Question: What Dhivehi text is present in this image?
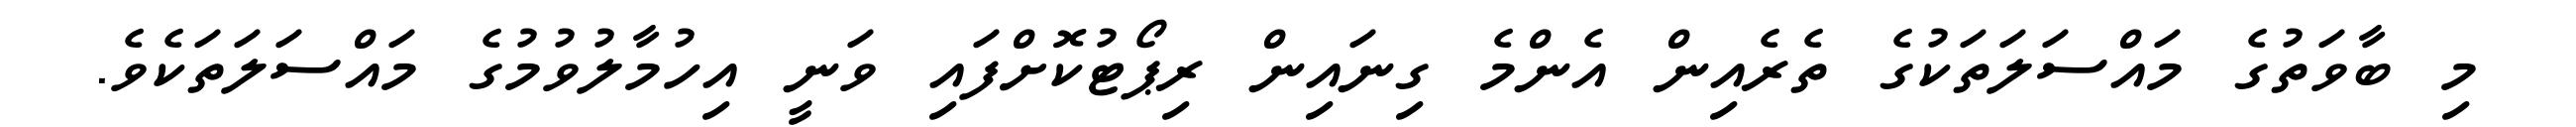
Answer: މި ބާވަތުގެ މައްސަލަތަކުގެ ތެރެއިން އެންމެ ގިނައިން ރިޕޯޓުކޮށްފައި ވަނީ އިހުމާލުވުމުގެ މައްސަލަތަކެވެ.